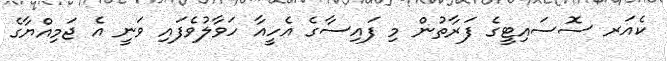
ކެއަރ ސޮސައިޓީގެ ފަރާތުން މި ފައިސާގެ އެހީއާ ހަވާލުވެފައި ވަނީ އެ ޖަމިއްޔާގެ